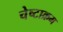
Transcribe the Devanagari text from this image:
चेष्टाक्रम